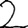
Digit: 2